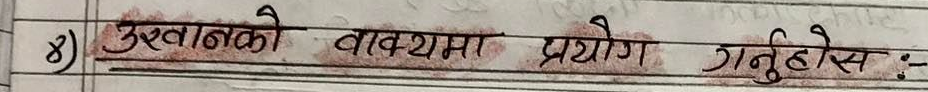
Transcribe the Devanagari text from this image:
४) उखानको वाक्यमा प्रयोग गर्नुहोस् :-